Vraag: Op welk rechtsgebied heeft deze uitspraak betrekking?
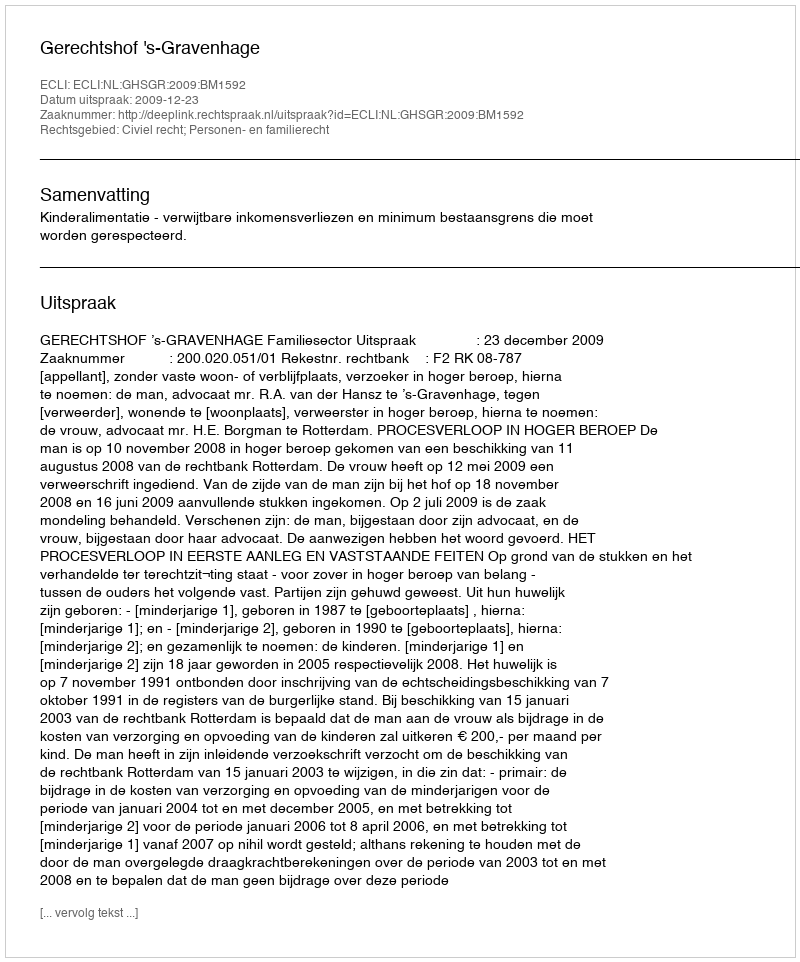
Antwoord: Civiel recht; Personen- en familierecht